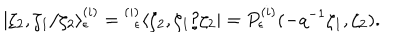
LaTeX: | \zeta _ { 2 } , \zeta _ { 1 } / \zeta _ { 2 } \rangle _ { \epsilon } ^ { ( i ) } = { } _ { \; \; \epsilon } ^ { ( i ) } \langle \zeta _ { 2 } , \zeta _ { 1 } / \zeta _ { 2 } | = P _ { \epsilon } ^ { ( i ) } ( - q ^ { - 1 } \zeta _ { 1 } , \zeta _ { 2 } ) .